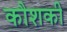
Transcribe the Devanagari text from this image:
कौशकी